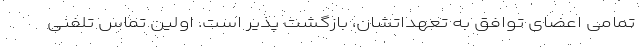
تمامی اعضای توافق به تعهداتشان، بازگشت پذیر است. اولین تماس تلفنی